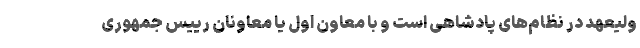
ولیعهد در نظام‌های پادشاهی است و با معاون اول یا معاونان رییس جمهوری